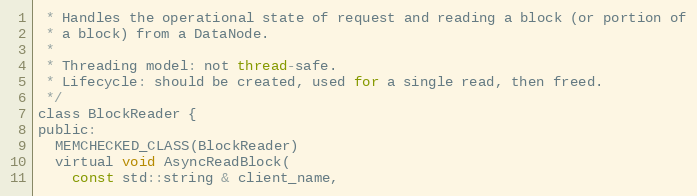
Language: C
 * Handles the operational state of request and reading a block (or portion of
 * a block) from a DataNode.
 *
 * Threading model: not thread-safe.
 * Lifecycle: should be created, used for a single read, then freed.
 */
class BlockReader {
public:
  MEMCHECKED_CLASS(BlockReader)
  virtual void AsyncReadBlock(
    const std::string & client_name,